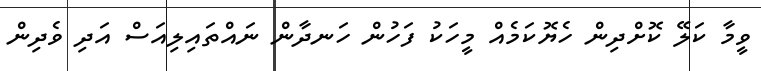
ވީމާ ކަލޭ ކޮށްދިން ހެޔޮކަމެއް މީހަކު ފަހުން ހަނދާން ނައްތައިލިއަސް އަދި ވެދިން